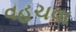
વહચવા